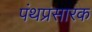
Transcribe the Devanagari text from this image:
पंथप्रसारक